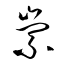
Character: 崇